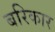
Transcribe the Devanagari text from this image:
बरिकार